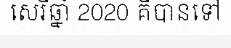
សេរីឆ្នាំ 2020 គឺបានទៅ